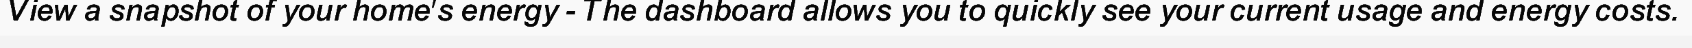
View a snapshot of your home's energy - The dashboard allows you to quickly see your current usage and energy costs.